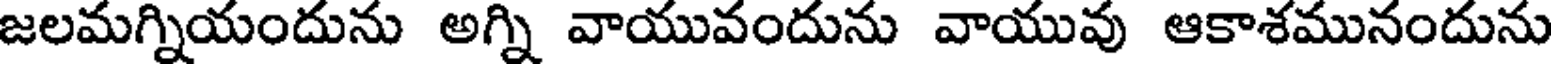
జలమగ్నియందును అగ్ని వాయువందును వాయువు ఆకాశమునందును